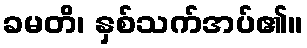
ခမတိ၊ နှစ်သက်အပ်၏။